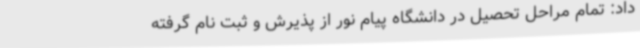
داد: تمام مراحل تحصیل در دانشگاه پیام نور از پذیرش و ثبت نام گرفته